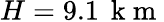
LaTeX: H=9.1\, \mathrm{~k~m~}